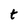
Character: t